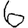
Digit: 6